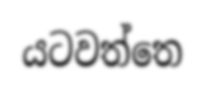
යටවත්තෙ